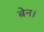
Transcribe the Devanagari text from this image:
बेन।